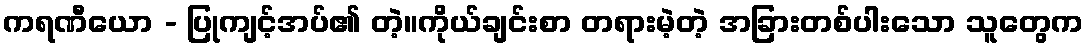
ကရဏီယော - ပြုကျင့်အပ်၏ တဲ့။ကိုယ်ချင်းစာ တရားမဲ့တဲ့ အခြားတစ်ပါးသော သူတွေက